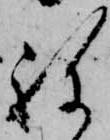
ね